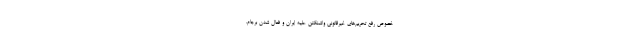
خصوص رفع تحریم‌های غیرقانونی واشنگتن علیه ایران و فعال شدن برجام،